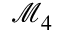
\mathcal { M } _ { 4 }